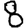
Digit: 8